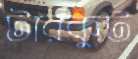
টারকুট